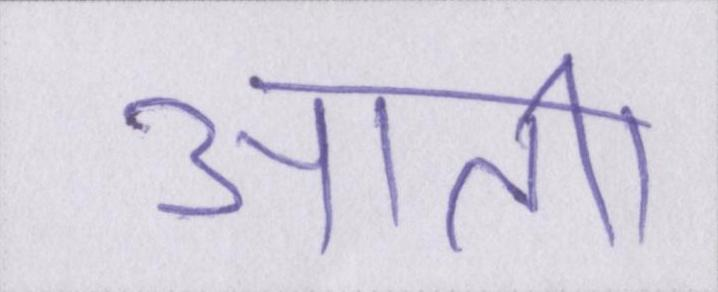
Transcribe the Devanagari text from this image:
आती।